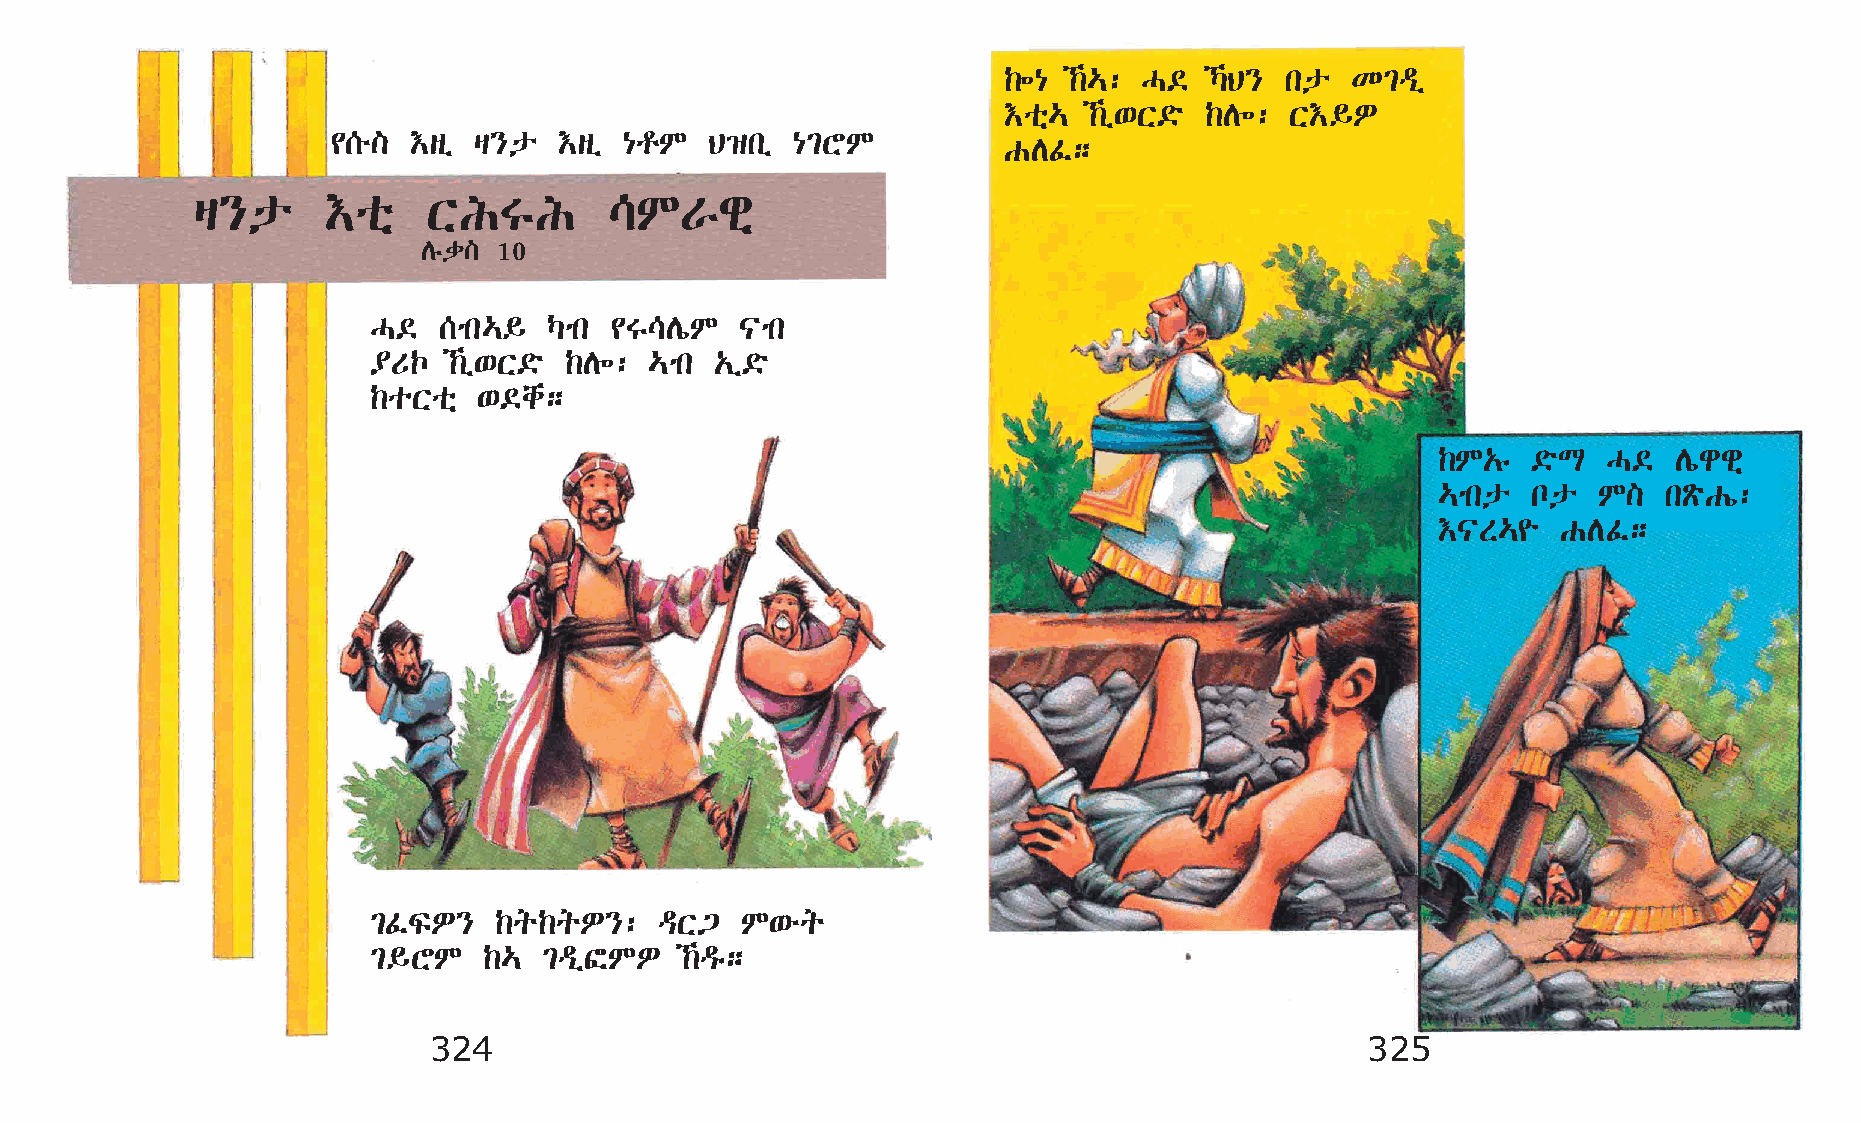
‰÷{  ‰…: H©  ŠB} kp  K²ªï
 †oñ…  ‰ï‘X©ö ‰D÷: X†§È
 ¢[é] †sï š}p   †sï {rM   B›kï  {²YM
 GDÊ;
 š}p      †oñ   XITI        \MVgñ
 Dêd] 10
 H©  [mk…§  Šmk ¢T\DíM   |mk
 ¥UŒ  ‰ï‘X©ö ‰D÷: …mk „ï©ö
 ‰oXoñ  ‘©ch;
 ‰M„ê  ©öL  H©   Díggñ
 …mkp  np   M]  kÃöGí:
 †|S…¨   GDÊ;
 ²ÊÏÈ}   ‰q‰qÈ}:    ªX³  M‘éq
 ²§YM   ‰…  ²ªïÐMÈ   ‰ªê;
 324                                                           325